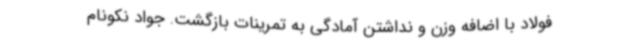
فولاد با اضافه وزن و نداشتن آمادگی به تمرینات بازگشت. جواد نکونام